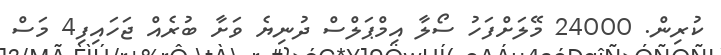
ކުރިން. 24000 މޭލަށްފަހު ސޯލާ އިމްޕަލްސް ދުނިޔެ ވަށާ ބުރެއް ޖަހައިފި4 މަސް